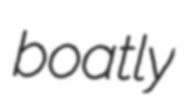
boatly